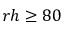
r h \geq 8 0